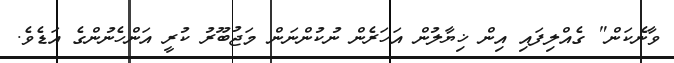
ވާނެކަން" ގެއްލިފައި އިން ޚިޔާލުން އަހަރެން ނުކުންނަން މަޖުބޫރު ކުރީ އަންހެނުންގެ އަޑެވެ.